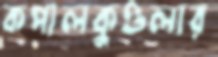
কপালকুণ্ডলার